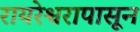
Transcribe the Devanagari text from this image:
रायरेश्वरापासून